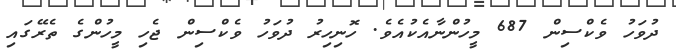
ދުވަހު ވެކްސިން 687 މީހުންނާއެކުއެވެ. ހޮނިހިރު ދުވަހު ވެކްސިން ޖެހި މީހުންގެ ތެރޭގައި